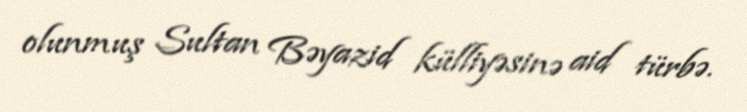
olunmuş Sultan Bəyazid külliyəsinə aid türbə.